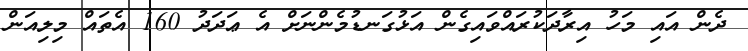
ދެން އައި މަހު އިރާދަކުރައްވައިގެން އަޅުގަނޑުމެންނަށް އެ ޢަދަދު 160 އެތައް މިލިއަން